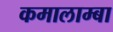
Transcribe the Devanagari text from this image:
कमालाम्बा